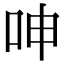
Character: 呻